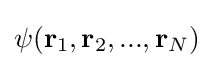
\psi (\mathbf {r} _{1},\mathbf {r} _{2},...,\mathbf {r} _{N})